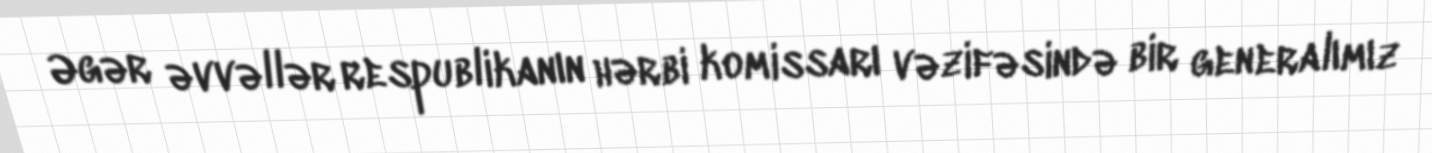
Əgər əvvəllər respublikanın hərbi komissarı vəzifəsində bir generalımız